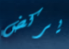
يركض